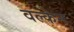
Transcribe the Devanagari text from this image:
वल्केन